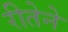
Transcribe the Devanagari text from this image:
रीतेने